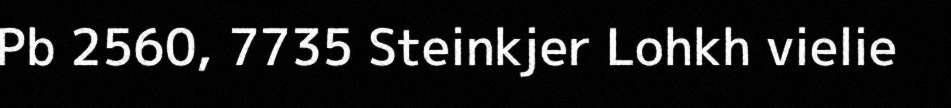
Pb 2560, 7735 Steinkjer Lohkh vielie